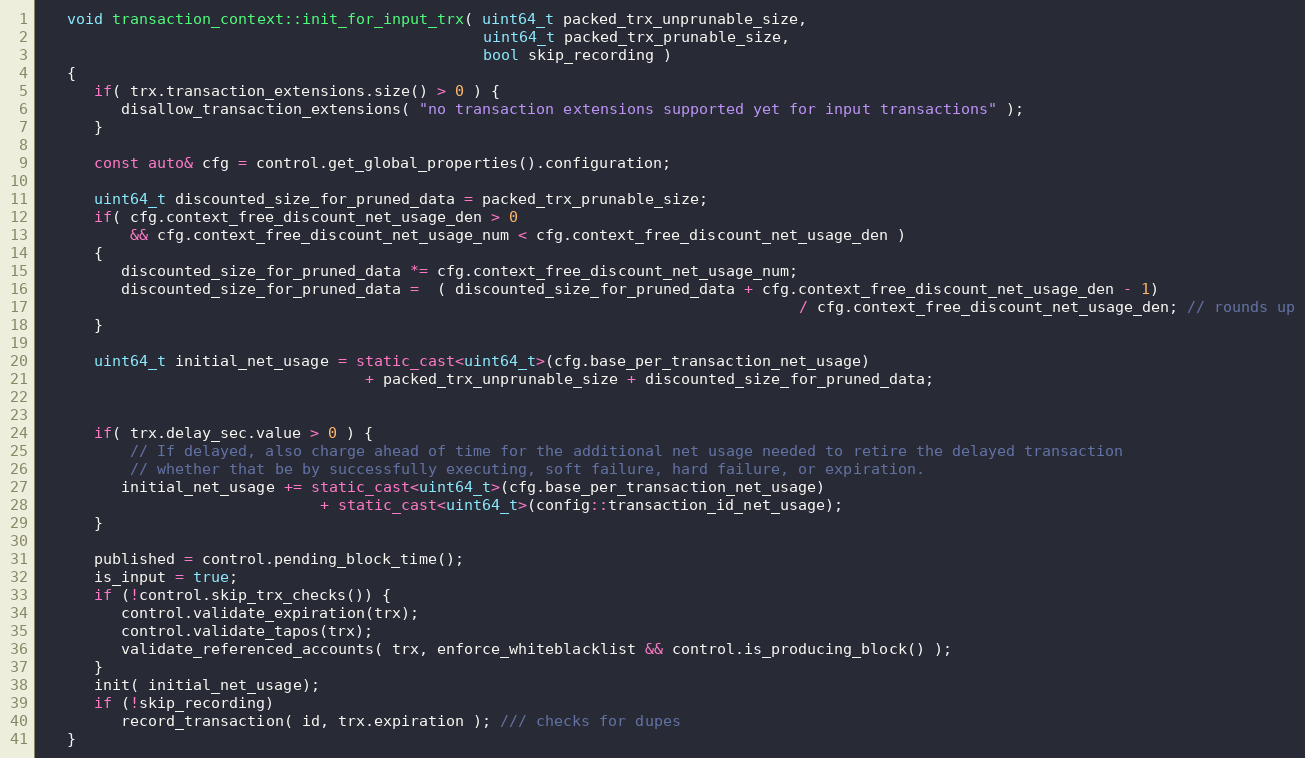
Language: C++
   void transaction_context::init_for_input_trx( uint64_t packed_trx_unprunable_size,
                                                 uint64_t packed_trx_prunable_size,
                                                 bool skip_recording )
   {
      if( trx.transaction_extensions.size() > 0 ) {
         disallow_transaction_extensions( "no transaction extensions supported yet for input transactions" );
      }

      const auto& cfg = control.get_global_properties().configuration;

      uint64_t discounted_size_for_pruned_data = packed_trx_prunable_size;
      if( cfg.context_free_discount_net_usage_den > 0
          && cfg.context_free_discount_net_usage_num < cfg.context_free_discount_net_usage_den )
      {
         discounted_size_for_pruned_data *= cfg.context_free_discount_net_usage_num;
         discounted_size_for_pruned_data =  ( discounted_size_for_pruned_data + cfg.context_free_discount_net_usage_den - 1)
                                                                                    / cfg.context_free_discount_net_usage_den; // rounds up
      }

      uint64_t initial_net_usage = static_cast<uint64_t>(cfg.base_per_transaction_net_usage)
                                    + packed_trx_unprunable_size + discounted_size_for_pruned_data;

      if( trx.delay_sec.value > 0 ) {
          // If delayed, also charge ahead of time for the additional net usage needed to retire the delayed transaction
          // whether that be by successfully executing, soft failure, hard failure, or expiration.
         initial_net_usage += static_cast<uint64_t>(cfg.base_per_transaction_net_usage)
                               + static_cast<uint64_t>(config::transaction_id_net_usage);
      }

      published = control.pending_block_time();
      is_input = true;
      if (!control.skip_trx_checks()) {
         control.validate_expiration(trx);
         control.validate_tapos(trx);
         validate_referenced_accounts( trx, enforce_whiteblacklist && control.is_producing_block() );
      }
      init( initial_net_usage);
      if (!skip_recording)
         record_transaction( id, trx.expiration ); /// checks for dupes
   }